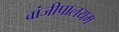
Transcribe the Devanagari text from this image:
वांजीपालयम